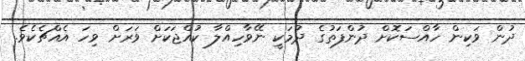
ދުން ވަކިން ހާއްސަކޮށް ދުންފަތުގެ ދުމަކީ ނޭވާހިއްލާ ކުއްޖަކަށް ވަރަށް ވިހަ އެއްޗެކެވެ.